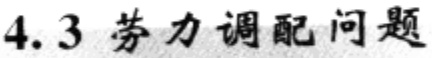
4.3 劳力调配问题